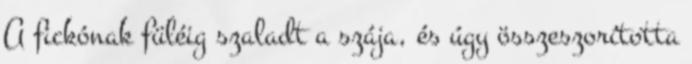
A fickónak füléig szaladt a szája, és úgy összeszorította